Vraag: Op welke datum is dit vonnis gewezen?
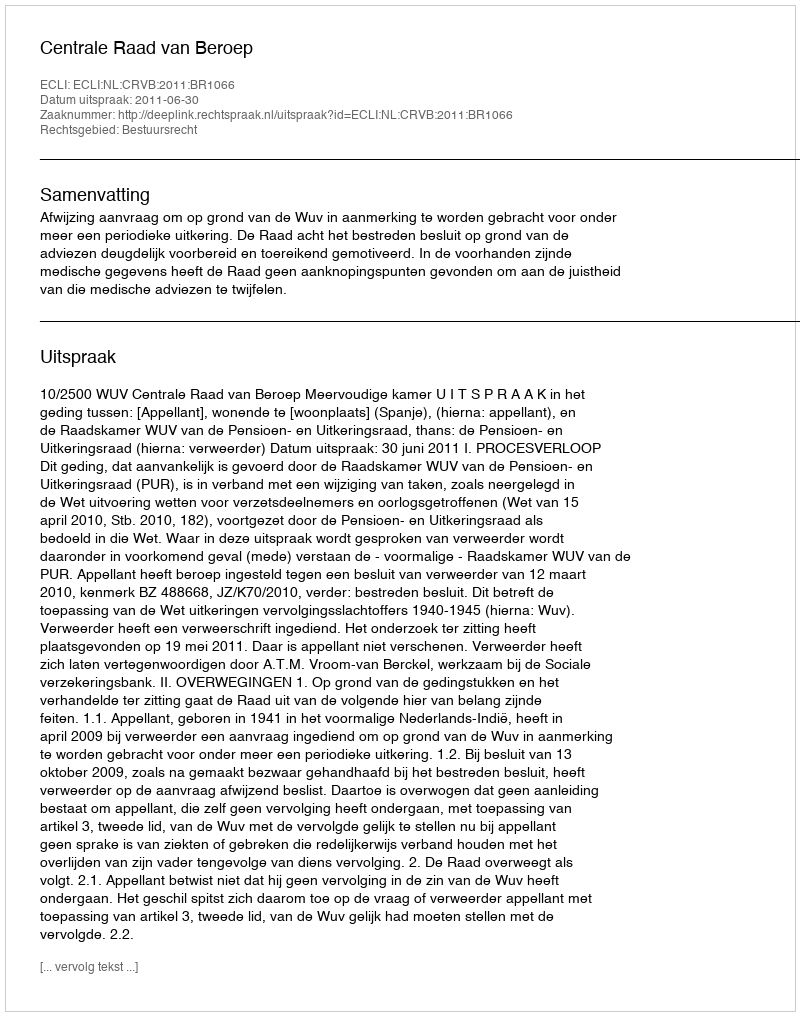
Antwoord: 2011-06-30